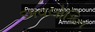
અવલોકિત